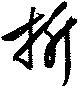
折